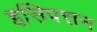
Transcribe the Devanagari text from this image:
इसिपत्तन